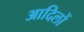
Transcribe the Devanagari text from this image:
आदिलों